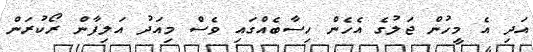
އަދި އެ މީހުން ޖަލުގެ އެހެން ހިސާބެއްގައި ވެސް މިއަދު އަލިފާން ރޯކުރަން